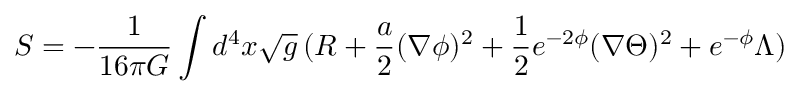
S = - \frac { 1 } { 1 6 \pi G } \int d ^ { 4 } x \sqrt { g } \, ( R + \frac { a } { 2 } ( \nabla \phi ) ^ { 2 } + \frac { 1 } { 2 } e ^ { - 2 \phi } ( \nabla \Theta ) ^ { 2 } + e ^ { - \phi } \Lambda )